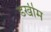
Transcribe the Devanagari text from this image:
डर्खीम